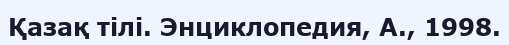
Қазақ тілі. Энциклопедия, А., 1998.